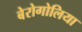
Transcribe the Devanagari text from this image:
बेरोगोलिया